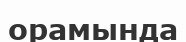
орамында